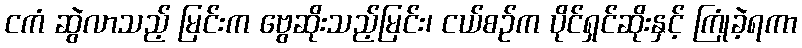
ငကံ ဆွဲလာသည့် မြင်းက ဗွေဆိုးသည့်မြင်း၊ ငယ်စဉ်က ပိုင်ရှင်ဆိုးနှင့် ကြုံခဲ့ရကာ